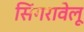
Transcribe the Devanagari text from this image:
सिंगरावेलू